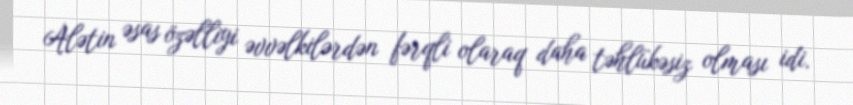
Alətin əsas özəlliyi əvvəlkilərdən fərqli olaraq daha təhlükəsiz olması idi.